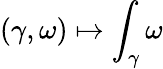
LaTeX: (\gamma,\omega)\mapsto\int_{\gamma}\omega